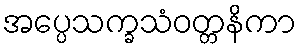
အပ္ပေသက္ခသံဝတ္တနိကာ